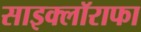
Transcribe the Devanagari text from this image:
साइक्लॉराफा